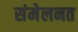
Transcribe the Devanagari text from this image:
संमेलनत